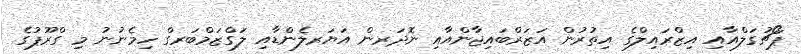
ޕޯޗުގަލްއާއި އިޒްރައިލްގެ އިތުރުން އަޒަރްބައިޖާންއާއި ނޮދަރން އަޔަރލެންޑާއި ލަގްޒަމްބަރގް ހިމެނުނު މި ގްރޫޕުގެ